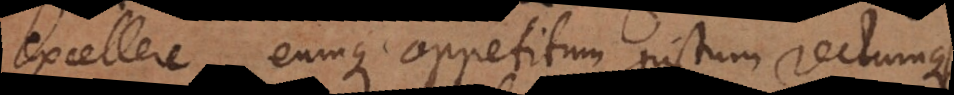
excellere, eumque appetitum justum rectumque